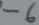
Text: -6